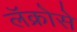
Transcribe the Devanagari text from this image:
लॅक्रोसे